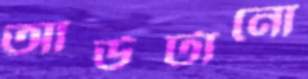
আউটানো